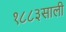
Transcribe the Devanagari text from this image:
१८८३साली